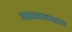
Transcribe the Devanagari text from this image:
अफगानशाह